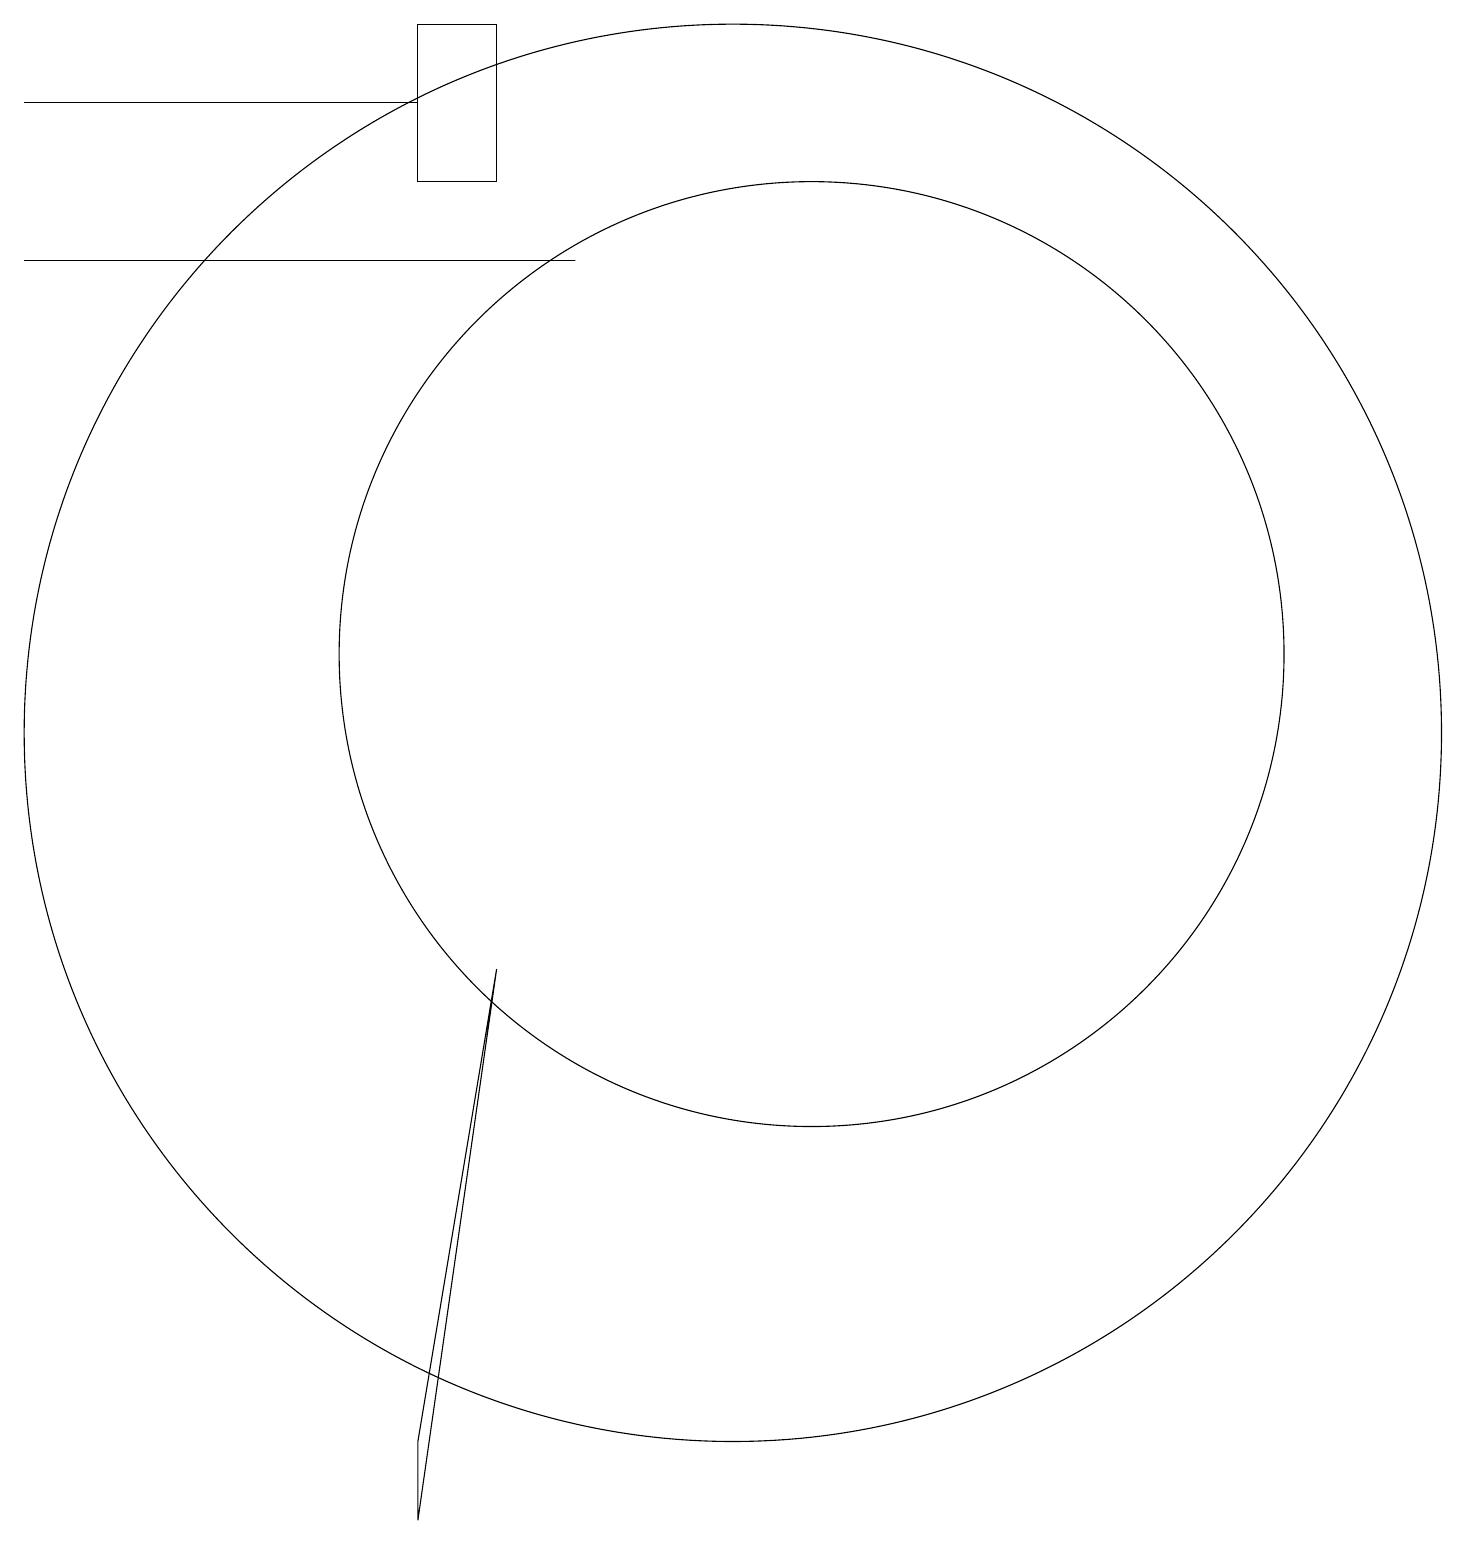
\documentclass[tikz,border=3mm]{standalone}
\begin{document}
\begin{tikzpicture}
\draw (7,18) rectangle (2,18);
\draw (12,11) circle (6);
\draw (7,0) -- (8,7) -- (7,1) -- cycle;
\draw (8,17) rectangle (7,19);
\draw (2,16) rectangle (9,16);
\draw (11,10) circle (0);
\draw (11,10) circle (9);
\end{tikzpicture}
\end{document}